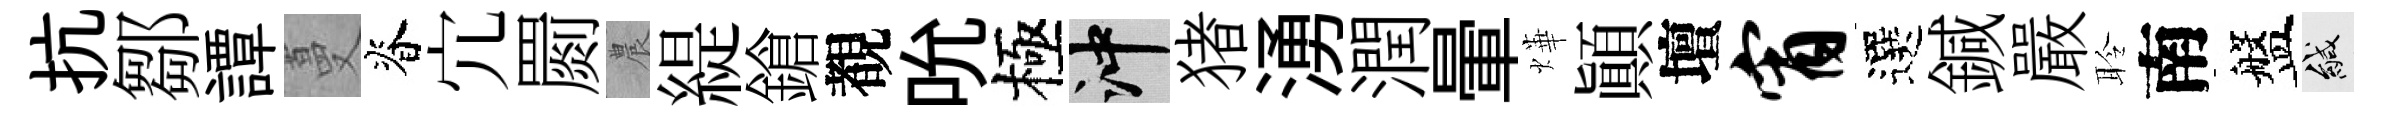
抗鄒譚蔓脊宂罽農緹鎗覩吮極冲猪湧潤暈燁顛壇宵選鍼嚴聆南盤緘